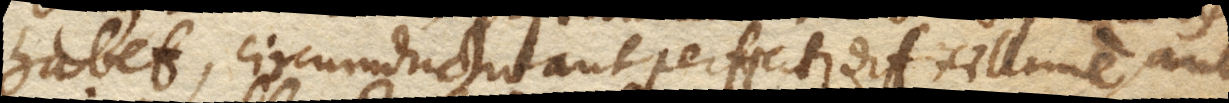
habet, circumductio aut perficitur difficillime, aut